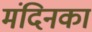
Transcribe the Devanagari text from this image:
मंदिनका